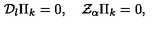
{ \cal D } _ { l } \Pi _ { k } = 0 , \quad { \cal Z } _ { \alpha } \Pi _ { k } = 0 ,